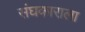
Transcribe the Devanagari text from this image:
संघकाराला